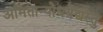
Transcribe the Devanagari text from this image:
अमितान्योधयेद्यस्तु